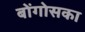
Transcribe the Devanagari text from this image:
बोंगोसका